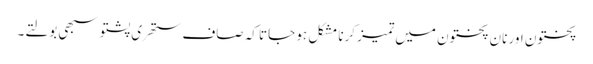
پختون اور نان پختون میں تمیز کرنا مشکل ہو جاتا کہ صاف ستھری پشتو سبھی بولتے۔